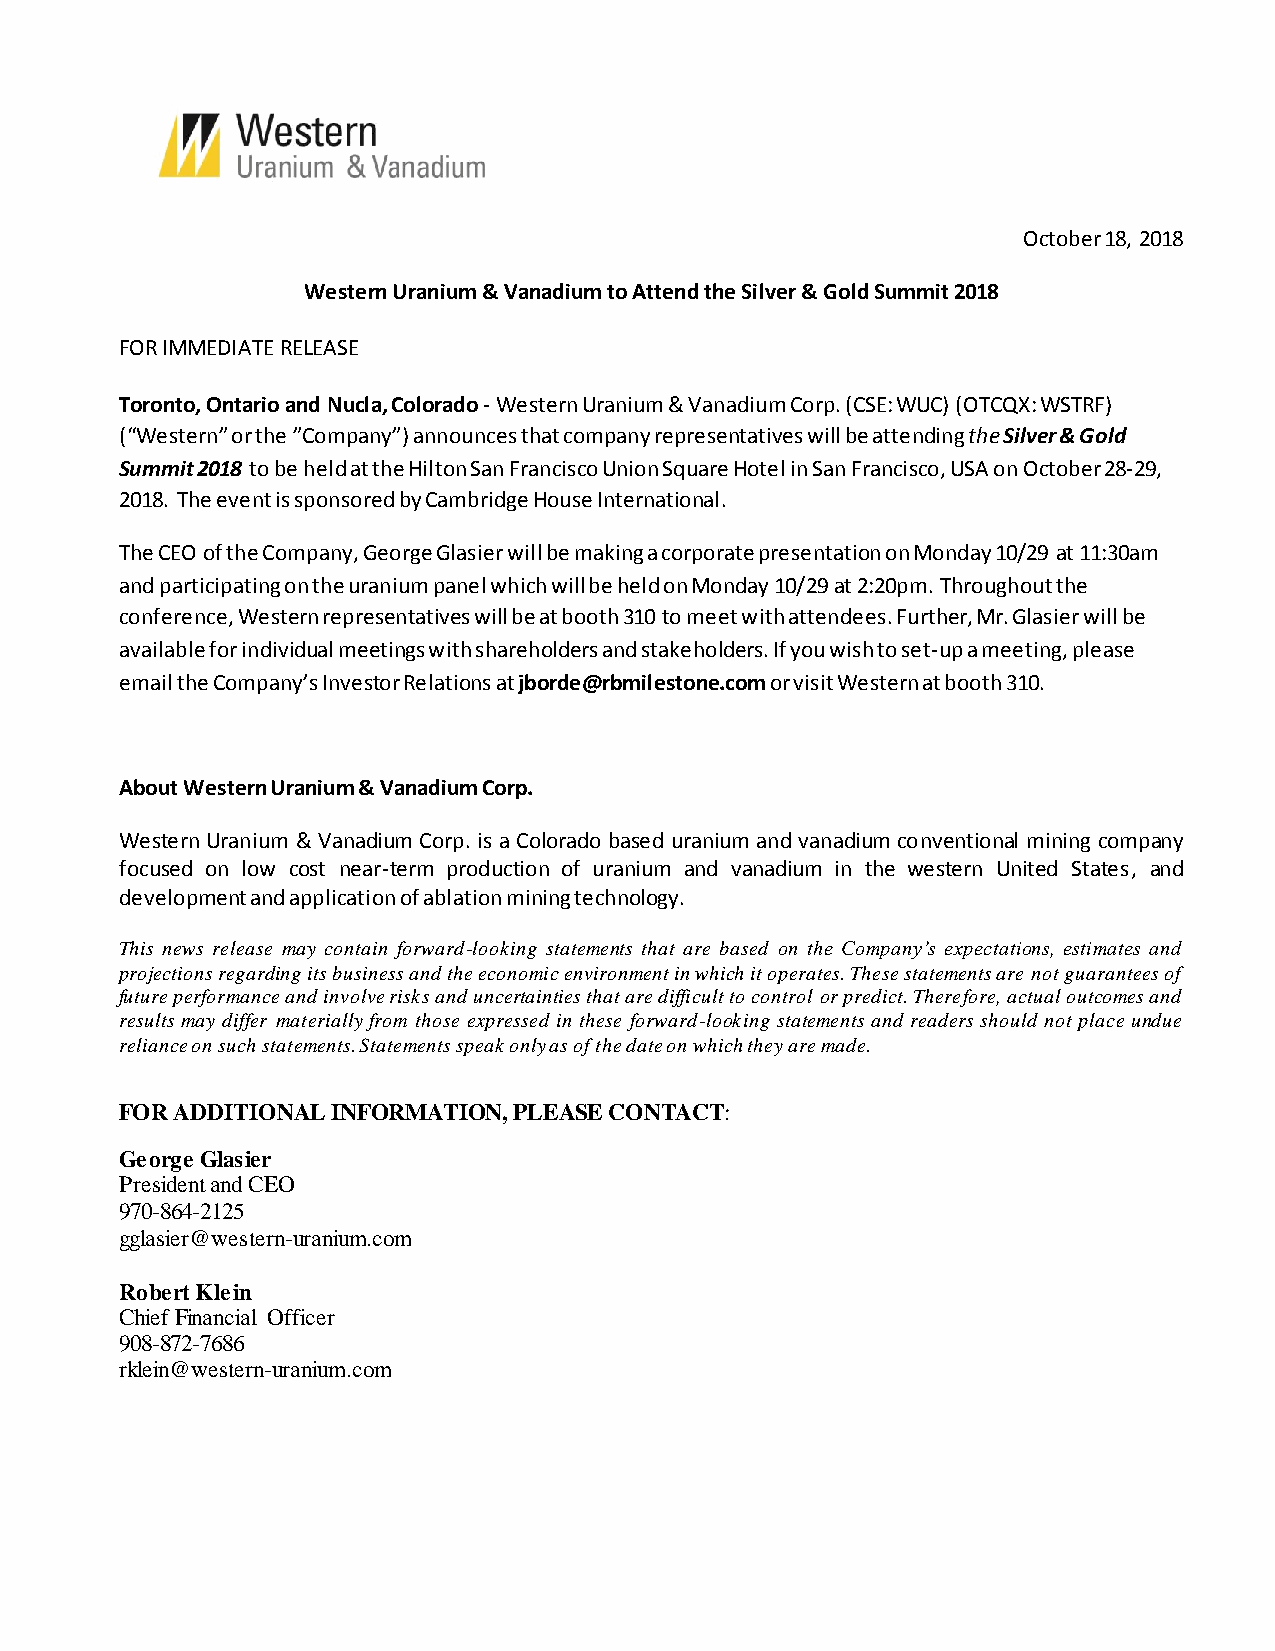
October 18, 2018
 Western Uranium & Vanadium to Attend the Silver & Gold Summit 2018
 FOR IMMEDIATE RELEASE
 Toronto, Ontario and Nucla, Colorado - Western Uranium & Vanadium Corp. (CSE: WUC) (OTCQX: WSTRF)
 (“Western” or the ”Company”) announces that company representatives will be attending the Silver & Gold
 Summit 2018 to be held at the Hilton San Francisco Union Square Hotel in San Francisco, USA on October 28-29,
 2018. The event is sponsored by Cambridge House International.
 The CEO of the Company, George Glasier will be making a corporate presentation on Monday 10/29 at 11:30am
 and participating on the uranium panel which will be held on Monday 10/29 at 2:20pm. Throughout the
 conference, Western representatives will be at booth 310 to meet with attendees. Further, Mr. Glasier will be
 available for individual meetings with shareholders and stakeholders. If you wish to set-up a meeting, please
 email the Company’s Investor Relations at jborde@rbmilestone.com or visit Western at booth 310.
 About Western Uranium & Vanadium Corp.
 Western Uranium & Vanadium Corp. is a Colorado based uranium and vanadium conventional mining company
 focused on low cost near-term production of uranium and vanadium in the western United States, and
 development and application of ablation mining technology.
 This news release may contain forward-looking statements that are based on the Company’s expectations, estimates and
 projections regarding its business and the economic environment in which it operates. These statements are not guarantees of
 future performance and involve risks and uncertainties that are difficult to control or predict. Therefore, actual outcomes and
 results may differ materially from those expressed in these forward-looking statements and readers should not place undue
 reliance on such statements. Statements speak only as of the date on which they are made.
 FOR ADDITIONAL INFORMATION, PLEASE CONTACT:
 George Glasier
 President and CEO
 970-864-2125
 gglasier@western-uranium.com
 Robert Klein
 Chief Financial Officer
 908-872-7686
 rklein@western-uranium.com